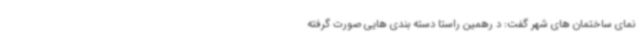
نمای ساختمان های شهر گفت: د رهمین راستا دسته بندی هایی صورت گرفته